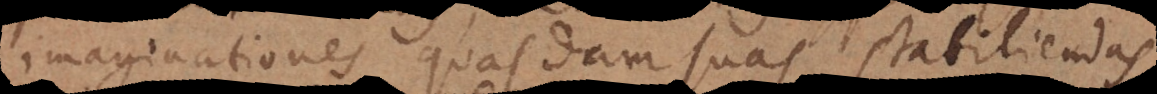
imaginationes quasdam suas stabiliendas